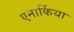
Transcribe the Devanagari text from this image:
एनार्किया